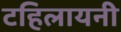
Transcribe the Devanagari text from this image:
टहिलायनी